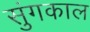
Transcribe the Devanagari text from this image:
सुंगकाल